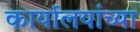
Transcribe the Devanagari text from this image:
कार्यालयांच्या